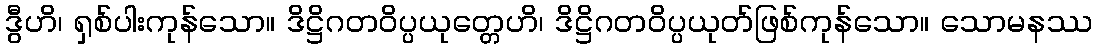
ဒွီဟိ၊ ရှစ်ပါးကုန်သော။ ဒိဋ္ဌိဂတဝိပ္ပယုတ္တေဟိ၊ ဒိဋ္ဌိဂတဝိပ္ပယုတ်ဖြစ်ကုန်သော။ သောမနဿ